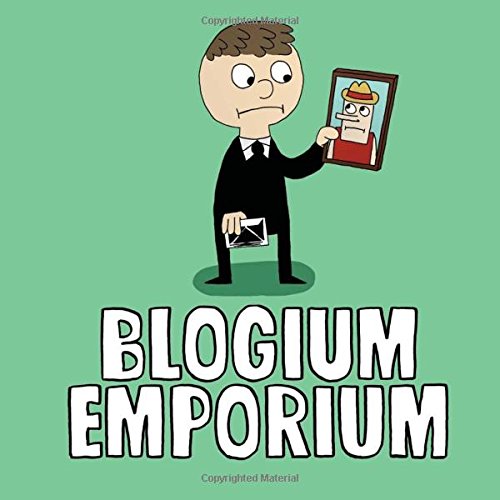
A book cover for Blogium Emporium: Puns! Violence! Gags! What more could you want from a comic, character development? Don't be stupid.; That Philippe Kid; Humor & Entertainment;